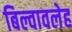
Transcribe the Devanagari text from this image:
बिल्वावलेह